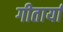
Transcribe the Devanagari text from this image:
गीतार्या